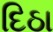
દિઠા